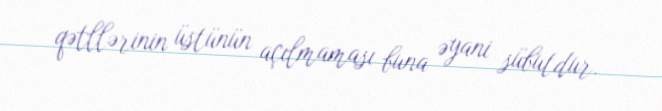
qətllərinin üstünün açılmaması buna əyani sübutdur.